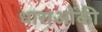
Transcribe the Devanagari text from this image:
धाराओंकी